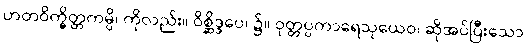
ဟတဝိက္ခိတ္တကမ္ပိ၊ ကိုလည်း။ ဝိစ္ဆိဒ္ဒပေ၊ ၌။ ဝုတ္တပ္ပကာရေသုယေဝ၊ ဆိုအပ်ပြီးသော